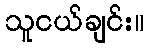
သူငယ်ချင်း။